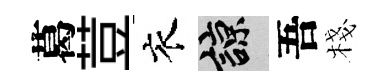
葛荳衣諒吾棧